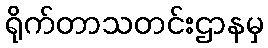
ရိုက်တာသတင်းဌာနမှ